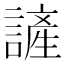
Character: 𮘷